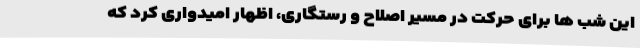
این شب ها برای حرکت در مسیر اصلاح و رستگاری، اظهار امیدواری کرد که